Leaving Certificate Examination (including Day School Certificate (Higher) General paper), 1931
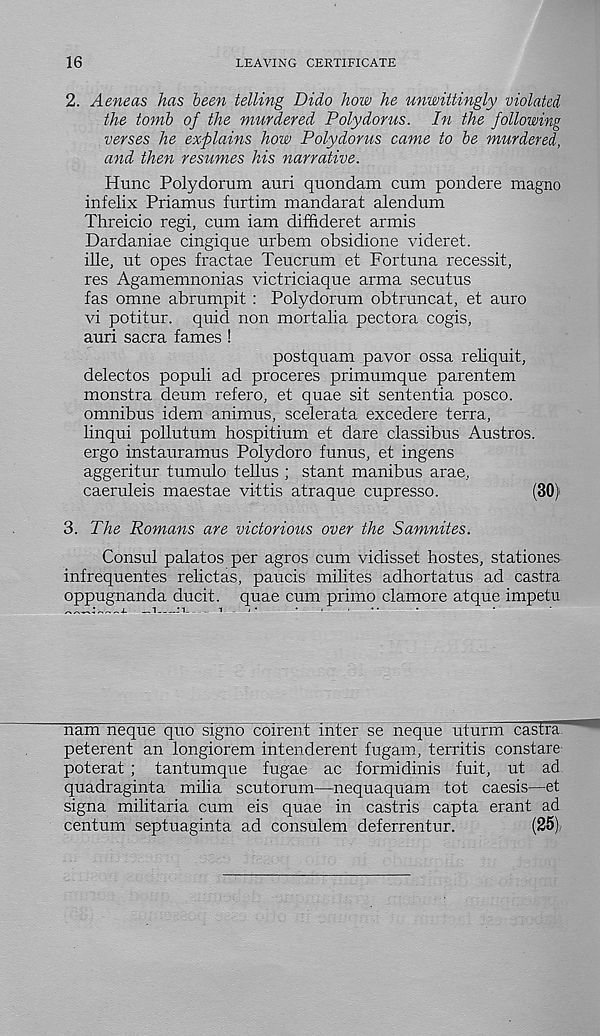
16
LEAVING CERTIFICATE
2. Aeneas has teen telling Dido how he unwittingly violated
the tomb of the murdered Poly dor us. In the following
verses he explains how Polydorus came to be murdered,
and then resumes his narrative.
Hunc Polydorum auri quondam cum pondere magno
infelix Priamus furtim mandarat alendum
Threicio regi, cum iam diffideret armis
Dardaniae cingique urbem obsidione videret.
ille, ut opes fractae Teucrum et For tuna recessit,
res Agamemnonias victriciaque arma secutus
fas omne abrumpit : Polydorum obtruncat, et auro
vi potitur. quid non mortalia pectora cogis,
auri sacra fames !
postquam pavor ossa reliquit,
delectos populi ad proceres primumque parentem
monstra deum refero, et quae sit sententia posco.
omnibus idem animus, scelerata excedere terra,
linqui pollutum hospitium et dare classibus Austros.
ergo instauramus Polydoro funus, et ingens
aggeritur tumulo tellus ; stant manibus arae,
caeruleis maestae vittis atraque cupresso.
(30)
3. The Romans are victorious over the Samnites.
Consul palatos per agros cum vidisset hostes, stationes
infrequentes relictas, paucis milit.es adhortatus ad castra
oppugnanda ducit. quae cum primo clamore atque impetu
—i—.M
i
-
i*
.
,
.
nam neque quo signo coirent inter se neque uturm castra"
peterent an longiorem intenderent fugam, territis constare
poterat ; tantumque fugae ac formidinis fuit, ut ad
quadraginta milia scutorum—nequaquam tot caesis—et
signa militaria cum eis quae in castris capta erant ad
centum septuaginta ad consulem deferrentur.
(25)